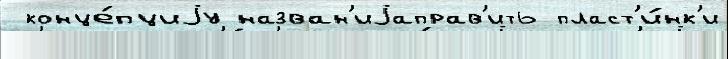
 конце́пциjу назван'иjаправ'ить пласт'и́нк'и